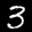
Label: 3